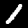
Label: 1